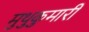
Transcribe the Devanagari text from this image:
मुथुकुमारी